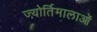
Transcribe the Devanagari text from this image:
ज्योर्तिमालाओं